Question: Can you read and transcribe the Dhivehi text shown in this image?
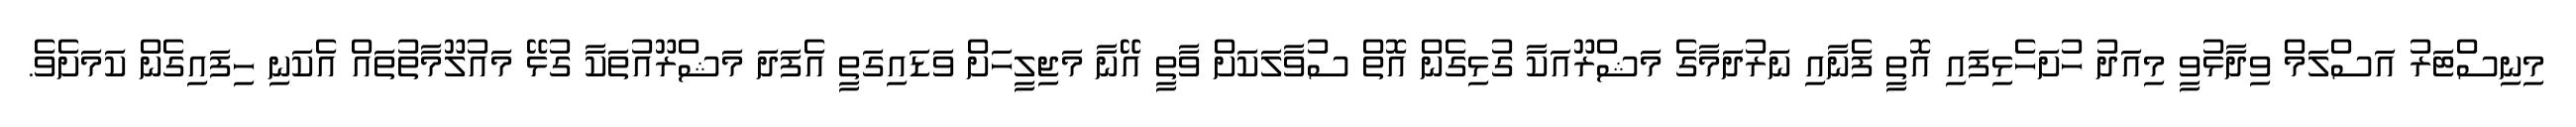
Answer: މިނިސްޓަރު އަސްލަމް ވިދާޅުވީ މިއަދު ހުށަހެޅިފައި އޮތީ ފެނާއި ނަރުދަމާގެ މަޝްރޫއަކާ ގުޅިގެން އޮތް ސުވާލަކަށް ވާތީ އޭނާ މަޖިލީހަށް ވަޑައިގަތީ އެފަދަ މަޝްރޫއުތަކާ ގުޅޭ މައުލޫމާތުތައް އެކަނި ހިފައިގެން ކަމަށެވެ.